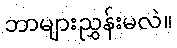
ဘာများညွှန်းမလဲ။